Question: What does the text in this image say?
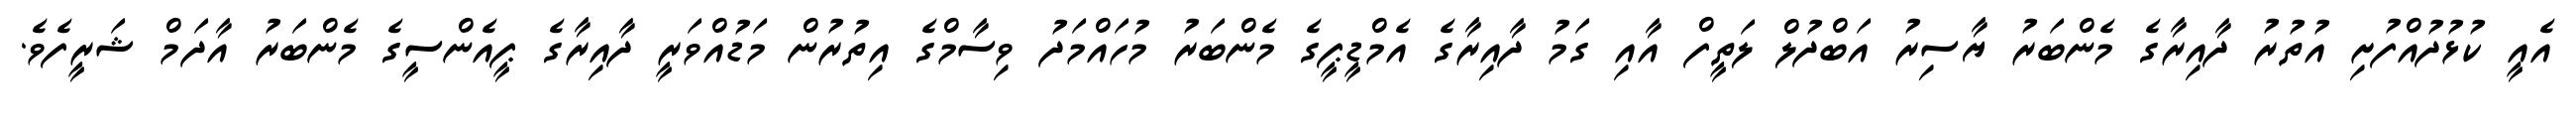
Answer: އެއީ ކުޅުދުއްފުށި އުތުރު ދާއިރާގެ މެންބަރު ޔާސިރު އަބްދުލް ލަތީފް އާއި ގަމު ދާއިރާގެ އެމްޑީޕީގެ މެންބަރު މުހައްމަދު ވިސާމްގެ އިތުރުން މަޑުއްވަރީ ދާއިރާގެ ޕީއެންސީގެ މެންބަރު އާދަމް ޝަރީފެވެ.